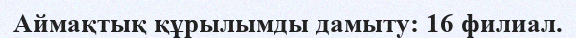
Аймақтық құрылымды дамыту: 16 филиал.